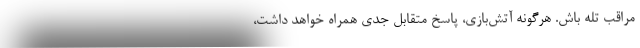
مراقب تله باش. هرگونه آتش‌بازی، پاسخ متقابل جدی همراه خواهد داشت،